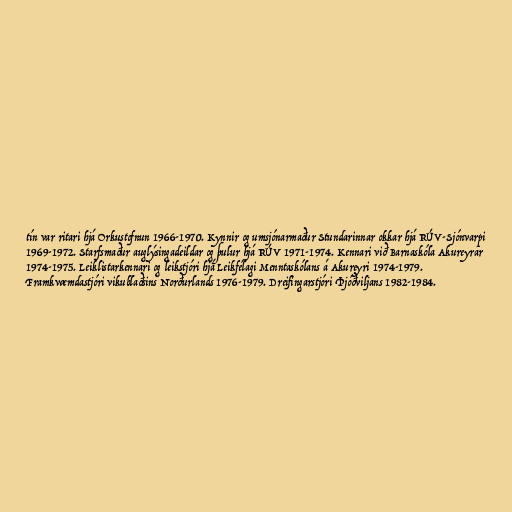
tín var ritari hjá Orkustofnun 1966-1970. Kynnir og umsjónarmaður Stundarinnar okkar hjá RÚV-Sjónvarpi
1969-1972. Starfsmaður auglýsingadeildar og þulur hjá RÚV 1971-1974. Kennari við Barnaskóla Akureyrar
1974-1975. Leiklistarkennari og leikstjóri hjá Leikfélagi Menntaskólans á Akureyri 1974-1979.
Framkvæmdastjóri vikublaðsins Norðurlands 1976-1979. Dreifingarstjóri Þjóðviljans 1982-1984.